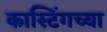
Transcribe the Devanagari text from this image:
कास्टिंगच्या